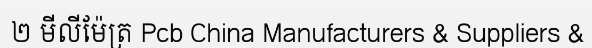
២ មីលីម៉ែត្រ Pcb China Manufacturers & Suppliers &